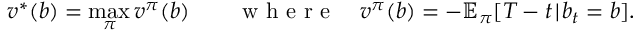
v ^ { * } ( b ) = \operatorname* { m a x } _ { \pi } v ^ { \pi } ( b ) \qquad \mathrm { ~ w ~ h ~ e ~ r ~ e ~ } \quad v ^ { \pi } ( b ) = - \mathbb { E } _ { \pi } [ T - t \! \mid \! b _ { t } = b ] .